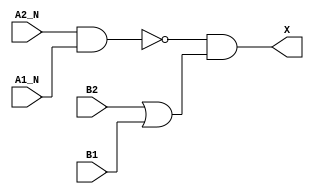
/*
 * Copyright 2020 The SkyWater PDK Authors
 *
 * Licensed under the Apache License, Version 2.0 (the "License");
 * you may not use this file except in compliance with the License.
 * You may obtain a copy of the License at
 *
 *     https://www.apache.org/licenses/LICENSE-2.0
 *
 * Unless required by applicable law or agreed to in writing, software
 * distributed under the License is distributed on an "AS IS" BASIS,
 * WITHOUT WARRANTIES OR CONDITIONS OF ANY KIND, either express or implied.
 * See the License for the specific language governing permissions and
 * limitations under the License.
 *
 * SPDX-License-Identifier: Apache-2.0
*/


`ifndef SKY130_FD_SC_HD__O2BB2A_BEHAVIORAL_V
`define SKY130_FD_SC_HD__O2BB2A_BEHAVIORAL_V

/**
 * o2bb2a: 2-input NAND and 2-input OR into 2-input AND.
 *
 *         X = (!(A1 & A2) & (B1 | B2))
 *
 * Verilog simulation functional model.
 */

`timescale 1ns / 1ps
`default_nettype none

`celldefine
module sky130_fd_sc_hd__o2bb2a (
    X   ,
    A1_N,
    A2_N,
    B1  ,
    B2
);

    // Module ports
    output X   ;
    input  A1_N;
    input  A2_N;
    input  B1  ;
    input  B2  ;

    // Module supplies
    supply1 VPWR;
    supply0 VGND;
    supply1 VPB ;
    supply0 VNB ;

    // Local signals
    wire nand0_out ;
    wire or0_out   ;
    wire and0_out_X;

    //   Name   Output      Other arguments
    nand nand0 (nand0_out , A2_N, A1_N        );
    or   or0   (or0_out   , B2, B1            );
    and  and0  (and0_out_X, nand0_out, or0_out);
    buf  buf0  (X         , and0_out_X        );

endmodule
`endcelldefine

`default_nettype wire
`endif  // SKY130_FD_SC_HD__O2BB2A_BEHAVIORAL_V